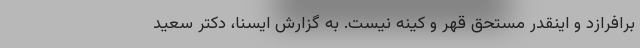
برافرازد و اینقدر مستحق قهر و کینه نیست. به گزارش ایسنا، دکتر سعید